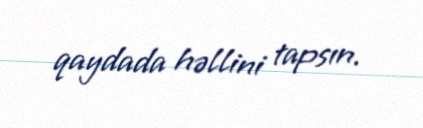
qaydada həllini tapsın.